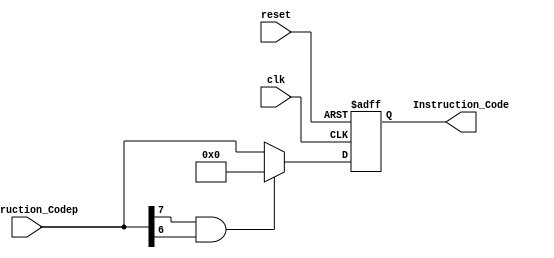
// IF/ID REGISTER FILE
// At every positive edge of the clock output signals for next stage
//Control Signal in this part is the Jump_Detect signal

module IF_ID_Register_File(clk, reset, Instruction_Codep, Instruction_Code);

//Declare inputs to the register file
input clk;
input reset;
input [7:0]Instruction_Codep;

//Declare outputs from the register file
output [7:0] Instruction_Code;

//Declare reg
reg [7:0] Ins_Code;

//Asynchronously read Ins_Code
assign Instruction_Code = Ins_Code;

always @ (posedge clk or negedge reset)
begin
if(reset==0)
begin
	Ins_Code<=0;
end
else
begin
	if(Instruction_Codep[7]==1 && Instruction_Codep[6]==1)
	begin
		Ins_Code<=0;
	end
	else
	begin
		Ins_Code<=Instruction_Codep;
	end
end

end

endmodule